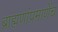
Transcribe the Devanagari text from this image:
ब्राह्मणांप्रमाणेंच